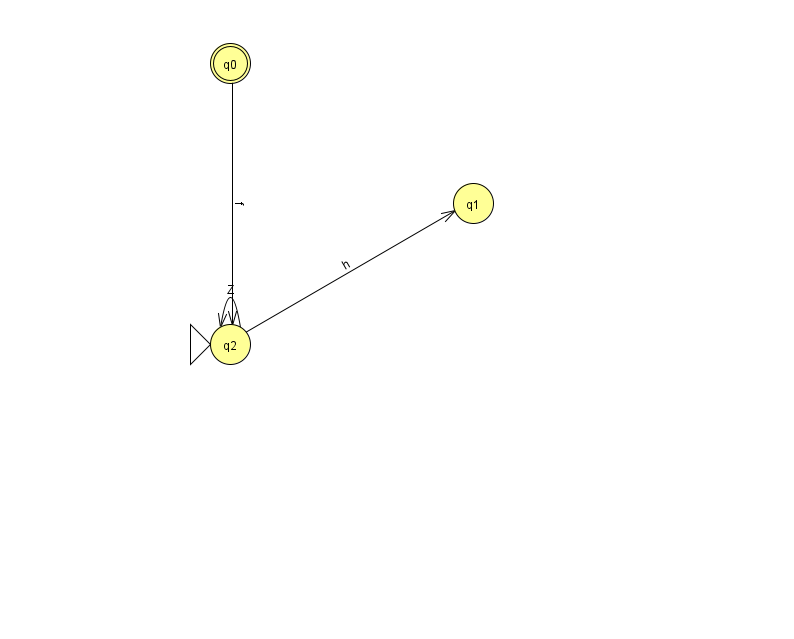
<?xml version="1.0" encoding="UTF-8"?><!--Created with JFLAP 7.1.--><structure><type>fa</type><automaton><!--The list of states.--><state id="0" name="q0"><x>230.0</x><y>50.0</y><final/></state><state id="1" name="q1"><x>473.0</x><y>190.0</y></state><state id="2" name="q2"><x>230.0</x><y>331.0</y><initial/></state><!--The list of transitions.--><transition><from>0</from><to>2</to><read>f</read></transition><transition><from>2</from><to>1</to><read>h</read></transition><transition><from>2</from><to>2</to><read>Z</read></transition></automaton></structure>